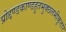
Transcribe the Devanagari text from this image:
प्रोद्दण्डकाण्डहुतभुक्छलभीकृतारे